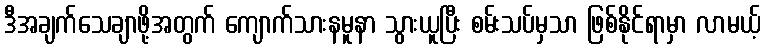
ဒီအချက်သေချာဖို့အတွက် ကျောက်သားနမူနာ သွားယူပြီး စမ်းသပ်မှသာ ဖြစ်နိုင်ရာမှာ လာမယ့်